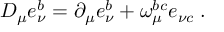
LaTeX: { \cal D } _ { \mu } e _ { \nu } ^ { b } = \partial _ { \mu } e _ { \nu } ^ { b } + \omega _ { \mu } ^ { b c } e _ { \nu c } \; .